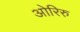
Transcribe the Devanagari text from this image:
ओरिरु